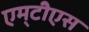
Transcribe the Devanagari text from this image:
एम्‌टीेएस